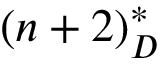
( n + 2 ) _ { D } ^ { * }